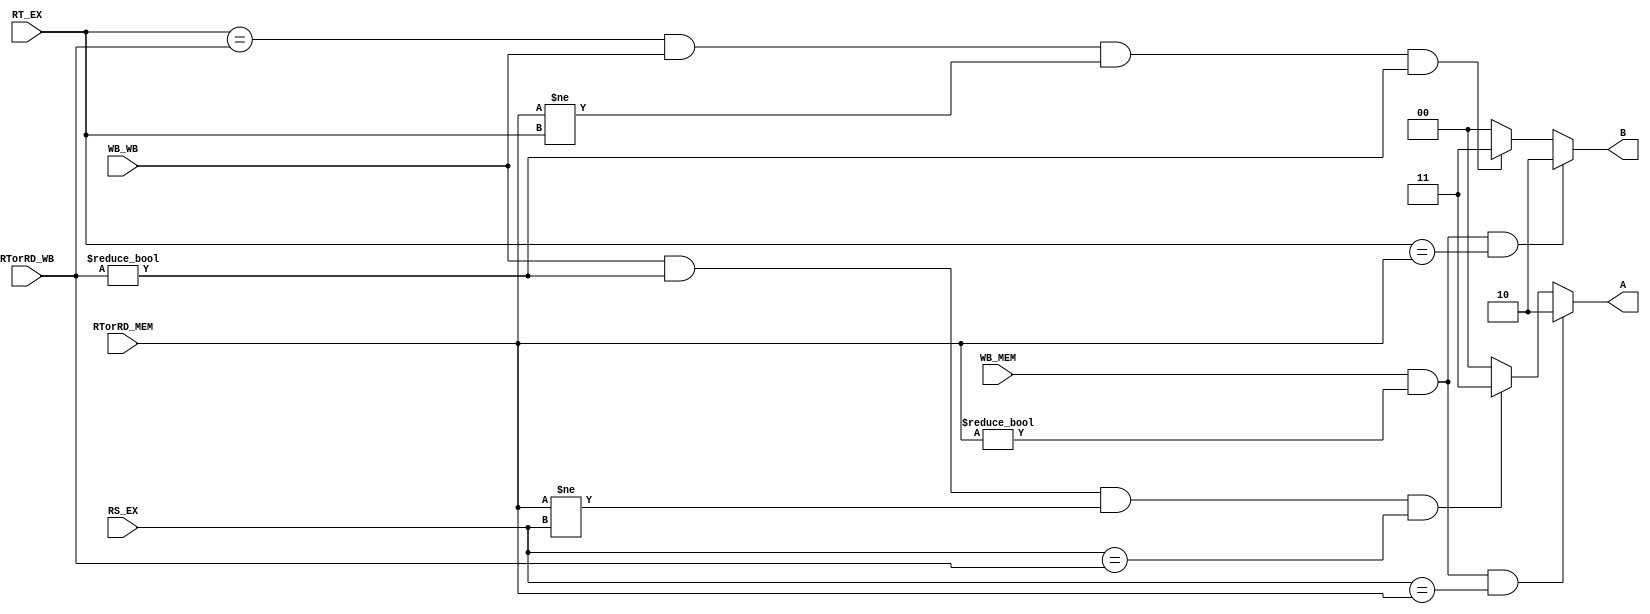

module ForwardingUnit
(
	input WB_WB,
	input WB_MEM,
	input [4:0] RS_EX,
	input [4:0] RT_EX,
	input [4:0] RTorRD_MEM,
	input [4:0] RTorRD_WB,
	output [1:0] A,
	output [1:0] B

);

assign A = 	(WB_MEM == 1'b1 &&  RTorRD_MEM != 0 && RS_EX == RTorRD_MEM)?										2'b10:
				(WB_WB == 1'b1 && RTorRD_WB != 0 && RTorRD_MEM != RS_EX && RS_EX == RTorRD_WB)?			2'b11:
																																														2'b00;

assign B = 	(WB_MEM == 1'b1 && RTorRD_MEM != 0 && RT_EX == RTorRD_MEM)?	    								2'b10:
				(RT_EX == RTorRD_WB && WB_WB == 1'b1 && RTorRD_MEM != RT_EX && RTorRD_WB != 0)?			2'b11:
																																														2'b00;

endmodule
//muxregfile//